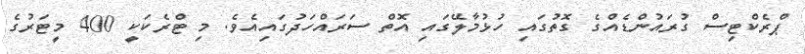
ޕްރެކްޓިސް ގުރައުންޑެއްގެ ގޮތުގައި ހުޅުމާލޭގައި އޮތް ސަރައްހަދުގައިއެވެ. މި ޓްރެކަކީ 400 މީޓަރުގެ